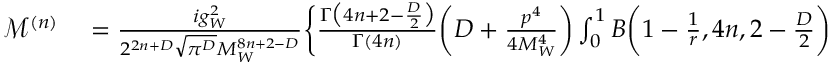
\begin{array} { r l } { \mathcal { M } ^ { ( n ) } } & { { } = \frac { i g _ { W } ^ { 2 } } { 2 ^ { 2 n + D } \sqrt { \pi ^ { D } } M _ { W } ^ { 8 n + 2 - D } } \bigg \{ \frac { \Gamma \big ( 4 n + 2 - \frac { D } { 2 } \big ) } { \Gamma ( 4 n ) } \bigg ( D + \frac { p ^ { 4 } } { 4 M _ { W } ^ { 4 } } \bigg ) \int _ { 0 } ^ { 1 } B \bigg ( 1 - \frac { 1 } { r } , 4 n , 2 - \frac { D } { 2 } \bigg ) } \end{array}